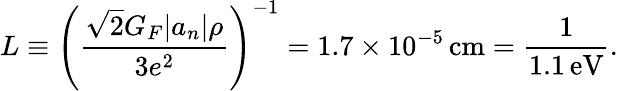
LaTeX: L\equiv\left(\frac{\sqrt{2}G_{F}|a_{n}|\rho}{3e^{2}}\right)^{-1}=1.7\times 10^{-5}\, \mathrm{cm}=\frac{1}{1.1\, \mathrm{eV}}.